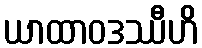
ယာထာဝဒဿီဟိ